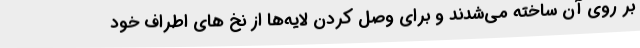
بر روی آن ساخته می‌شدند و برای وصل کردن لایه‌ها از نخ های اطراف خود